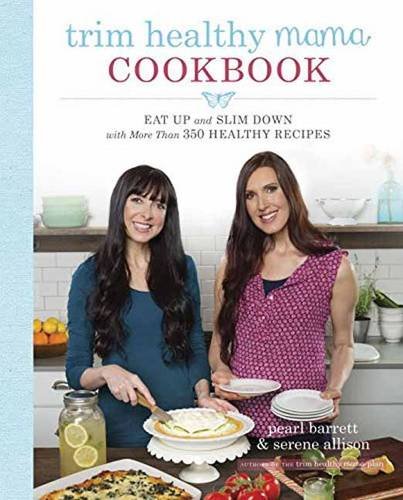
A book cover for Trim Healthy Mama Cookbook: Eat Up and Slim Down with More Than 350 Healthy Recipes; Pearl Barrett; Cookbooks, Food & Wine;